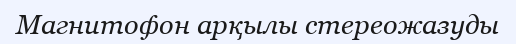
Магнитофон арқылы стереожазуды